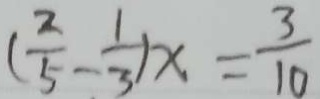
( \frac { 2 } { 5 } - \frac { 1 } { 3 } ) x = \frac { 3 } { 1 0 }